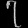
Digit: ၇